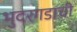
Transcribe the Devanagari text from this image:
भुदरगडाची